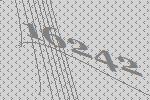
16242